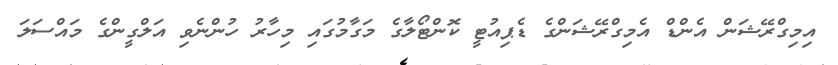
އިމިގްރޭޝަން އެންޑް އެމިގްރޭޝަންގެ ޑެޕިއުޓީ ކޮންޓޯލާގެ މަގާމުގައި މިހާރު ހުންނެވި އަލްގީންގެ މައްސަލަ